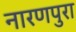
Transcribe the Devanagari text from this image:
नारणपुरा